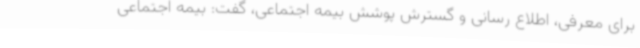
برای معرفی، اطلاع رسانی و گسترش پوشش بیمه اجتماعی، گفت: بیمه اجتماعی